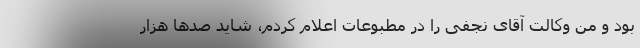
بود و من وکالت آقای نجفی را در مطبوعات اعلام کردم، شاید صد‌ها هزار